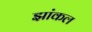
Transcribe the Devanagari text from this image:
झांकल